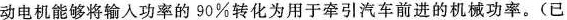
动电机能够将输入功率的90\%转化为用于牵引汽车前进的机械功率。(已